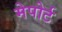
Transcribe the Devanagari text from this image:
मेपोर्ट